Problem: 2 × 3 = ?
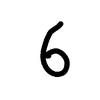
Handwritten answer: 6